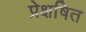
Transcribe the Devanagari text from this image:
प्रेक्षषित